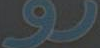
رو